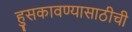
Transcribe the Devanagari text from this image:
हुसकावण्यासाठीची